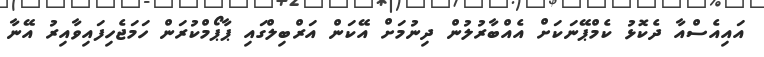
އައިއެސްއާ ދެކޮޅު ކެމްޕޭނަކަށް އެއްބާރުލުން ދިނުމަށް އޭކަން އަރްބިލްގައި ޕާޕޯމްކުރަން ހަމަޖެހިފައިވާއިރު އޭނާ